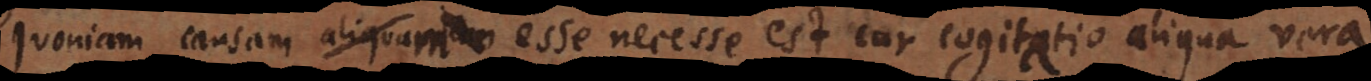
quoniam causam esse necesse est cur cogitatio aliqua vera